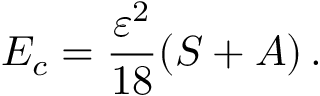
E _ { c } = \frac { \varepsilon ^ { 2 } } { 1 8 } ( S + A ) \, .